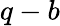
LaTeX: q-b